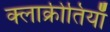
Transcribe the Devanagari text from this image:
क्लाक्रीतियाँ